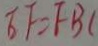
E F = F B (